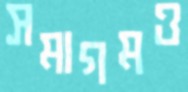
সমাগমও